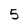
Character: 5